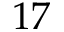
1 7